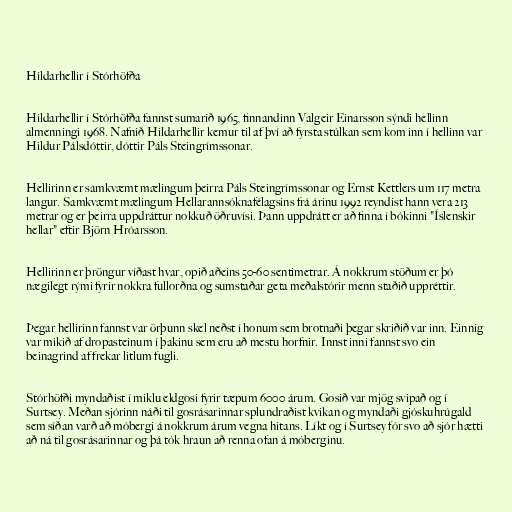
Hildarhellir í Stórhöfða

Hildarhellir í Stórhöfða fannst sumarið 1965, finnandinn Valgeir Einarsson sýndi hellinn
almenningi 1968. Nafnið Hildarhellir kemur til af því að fyrsta stúlkan sem kom inn í hellinn var
Hildur Pálsdóttir, dóttir Páls Steingrímssonar.

Hellirinn er samkvæmt mælingum þeirra Páls Steingrímssonar og Ernst Kettlers um 117 metra
langur. Samkvæmt mælingum Hellarannsóknafélagsins frá árinu 1992 reyndist hann vera 213
metrar og er þeirra uppdráttur nokkuð öðruvísi. Þann uppdrátt er að finna í bókinni "Íslenskir
hellar" eftir Björn Hróarsson.

Hellirinn er þröngur víðast hvar, opið aðeins 50-60 sentimetrar. Á nokkrum stöðum er þó
nægilegt rými fyrir nokkra fullorðna og sumstaðar geta meðalstórir menn staðið uppréttir.

Þegar hellirinn fannst var örþunn skel neðst í honum sem brotnaði þegar skriðið var inn. Einnig
var mikið af dropasteinum í þakinu sem eru að mestu horfnir. Innst inni fannst svo ein
beinagrind af frekar litlum fugli.

Stórhöfði myndaðist í miklu eldgosi fyrir tæpum 6000 árum. Gosið var mjög svipað og í
Surtsey. Meðan sjórinn náði til gosrásarinnar splundraðist kvikan og myndaði gjóskuhrúgald
sem síðan varð að móbergi á nokkrum árum vegna hitans. Líkt og í Surtsey fór svo að sjór hætti
að ná til gosrásarinnar og þá tók hraun að renna ofan á móberginu.